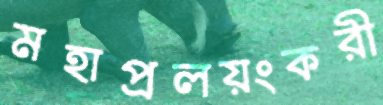
মহাপ্রলয়ংকরী